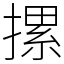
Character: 摞